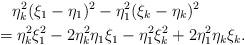
LaTeX: \begin{align*} & \eta_k^2 (\xi_1-\eta_1)^2 - \eta_1^2 (\xi_k -\eta_k)^2 \\ = &\; \eta_k^2 \xi_1^2 -2 \eta_k^2 \eta_1 \xi_1 - \eta_1^2 \xi_k^2 + 2 \eta_1^2 \eta_k \xi_k. \end{align*}